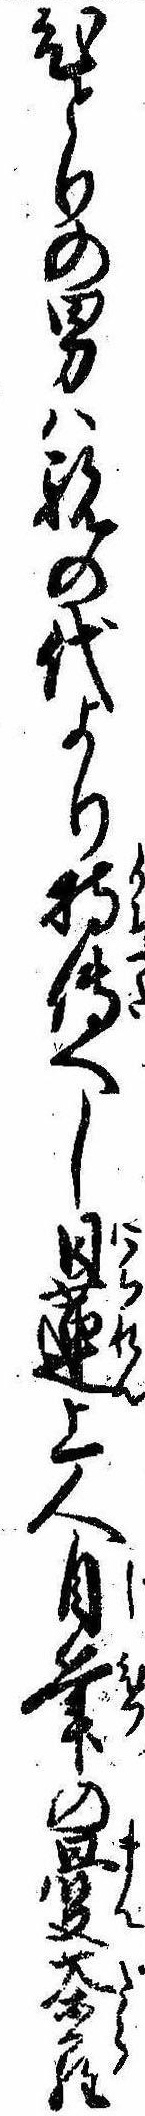
ひとりの男は親の代より持伝へし日蓮上人自筆の曼茶羅